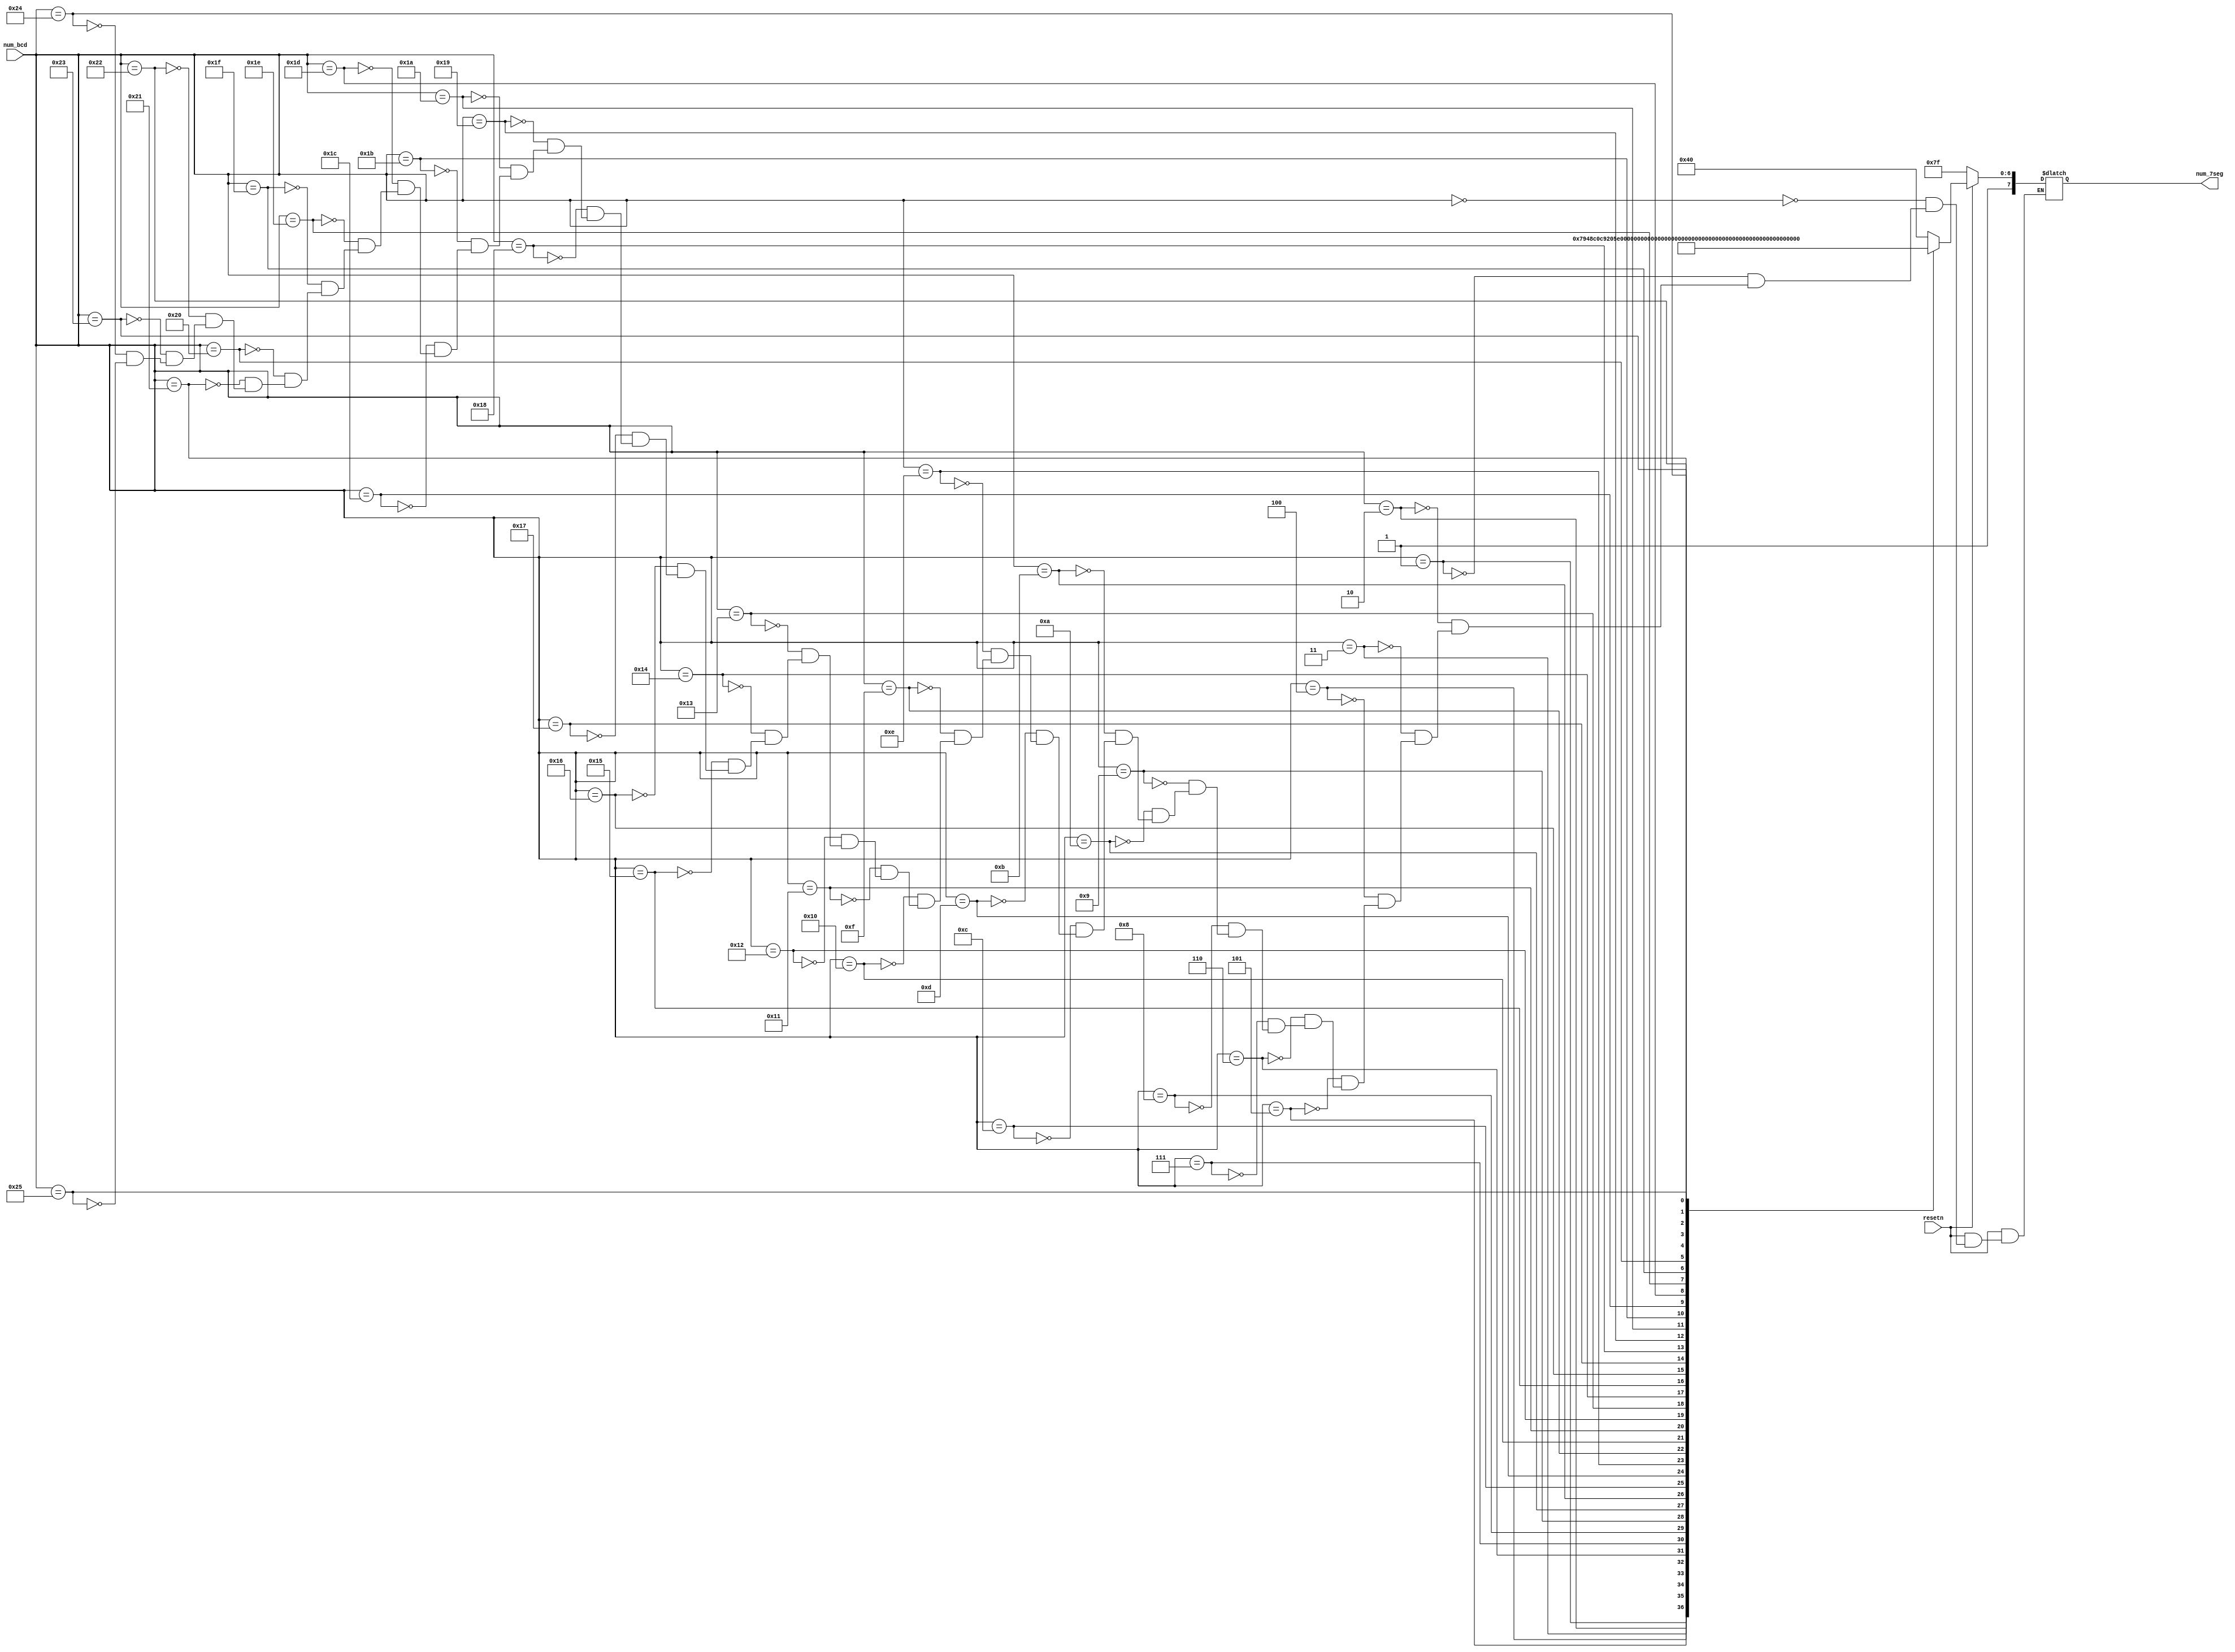
module bcd_to_7seg(
        input resetn,
	input  [5:0] num_bcd,
	output reg [7:0] num_7seg
);
        always @(*) begin
                if (!resetn) begin
                        num_7seg = 8'b11111111; // "0"
                end
                else begin
                        case (num_bcd)            //DpGFEDCBA
                                6'h00: num_7seg = 8'b11000000; // "0"
                                6'h01: num_7seg = 8'b11111001; // "1"
                                6'h02: num_7seg = 8'b10100100; // "2"
                                6'h03: num_7seg = 8'b10110000; // "3"
                                6'h04: num_7seg = 8'b10011001; // "4"
                                6'h05: num_7seg = 8'b10010010; // "5"
                                6'h06: num_7seg = 8'b10000010; // "6"
                                6'h07: num_7seg = 8'b11111000; // "7"
                                6'h08: num_7seg = 8'b10000000; // "8"
                                6'h09: num_7seg = 8'b10010000; // "9"
                                6'h0a: num_7seg = 8'b10100000; // "a"
                                6'h0b: num_7seg = 8'b10000011; // "b"
                                6'h0c: num_7seg = 8'b10100111; // "c"
                                6'h0d: num_7seg = 8'b10100001; // "d"
                                6'h0e: num_7seg = 8'b10000110; // "e"
                                6'h0f: num_7seg = 8'b10001110; // "f"
                                //added cases
                                6'h10: num_7seg = 8'b11000010; // "g"
                                6'h11: num_7seg = 8'b10001011;  // "h"
                                6'h12: num_7seg = 8'b11101110; // "i"
                                6'h13: num_7seg = 8'b11110010; // "j"
                                6'h14: num_7seg = 8'b10001010; // "k"
                                6'h15: num_7seg = 8'b11000111; // "l"
                                6'h16: num_7seg = 8'b10101010; // "m"
                                6'h17: num_7seg = 8'b10101011; // "n"
                                6'h18: num_7seg = 8'b10100011; // "o"
                                6'h19: num_7seg = 8'b10001100; // "p"
                                6'h1a: num_7seg = 8'b10011000; // "q"
                                6'h1b: num_7seg = 8'b10101111; // "r"
                                6'h1c: num_7seg = 8'b11010010; // "s"
                                6'h1d: num_7seg = 8'b10000111; // "t"
                                6'h1e: num_7seg = 8'b11100011; // "u"
                                6'h1f: num_7seg = 8'b11010101; // "v"
                                6'h20: num_7seg = 8'b10010101; // "w"
                                6'h21: num_7seg = 8'b11101011; // "x"
                                6'h22: num_7seg = 8'b10010001; // "y"
                                6'h23: num_7seg = 8'b11100100; // "z"
                                6'h24: num_7seg = 8'b11111111; // " "
                                6'h25: num_7seg = 8'b11101000; // "@"

                        endcase
                end
        end
endmodule